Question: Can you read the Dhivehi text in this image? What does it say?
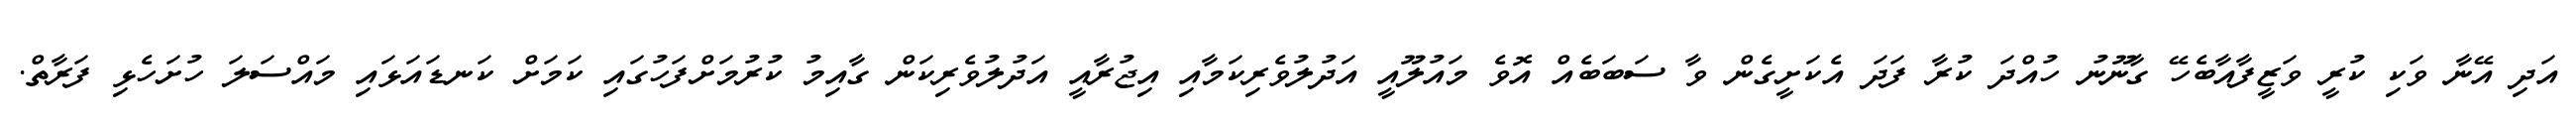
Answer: އަދި އޭނާ ވަކި ކުރީ ވަޒީފާއާބެހޭ ގާނޫނު ހުއްދަ ކުރާ ފަދަ އެކަށީގެން ވާ ސަބަބެއް އޮވެ މައުލޫއީ އަދުލުވެރިކަމާއި އިޖުރާއީ އަދުލުވެރިކަން ގާއިމު ކުރުމަށްފަހުގައި ކަމަށް ކަނޑައަޅައި މައްސަލަ ހުށަހެޅި ފަރާތް.